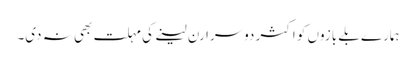
ہمارے بلے بازوں کو اکثر دوسرا رن لینے کی مہلت بھی نہ دی۔